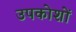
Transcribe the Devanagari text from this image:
उपकोशों